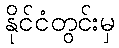
နိုင်ငံတွင်းမှ